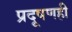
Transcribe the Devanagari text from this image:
प्रदूषणही